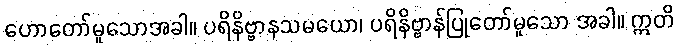
ဟောတော်မူသောအခါ။ ပရိနိဗ္ဗာနသမယော၊ ပရိနိဗ္ဗာန်ပြုတော်မူသော အခါ။ ဣတိ